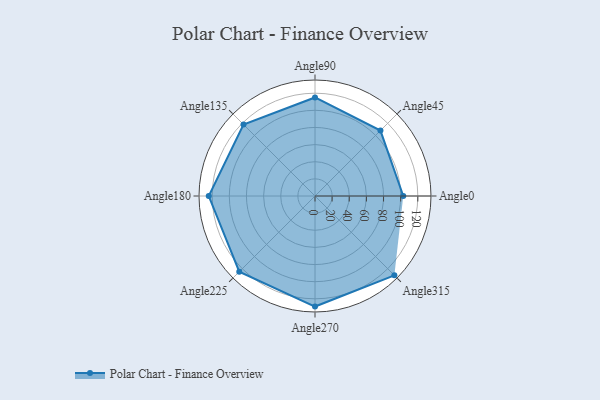
{"axis": {"x": "Angle", "y": "Radius"}, "legend": [""], "data": [{"x": "Angle0", "y": 103.0, "type": ""}, {"x": "Angle45", "y": 108.0, "type": ""}, {"x": "Angle90", "y": 115.0, "type": ""}, {"x": "Angle135", "y": 118.0, "type": ""}, {"x": "Angle180", "y": 124.0, "type": ""}, {"x": "Angle225", "y": 125.0, "type": ""}, {"x": "Angle270", "y": 129.0, "type": ""}, {"x": "Angle315", "y": 131.0, "type": ""}]}